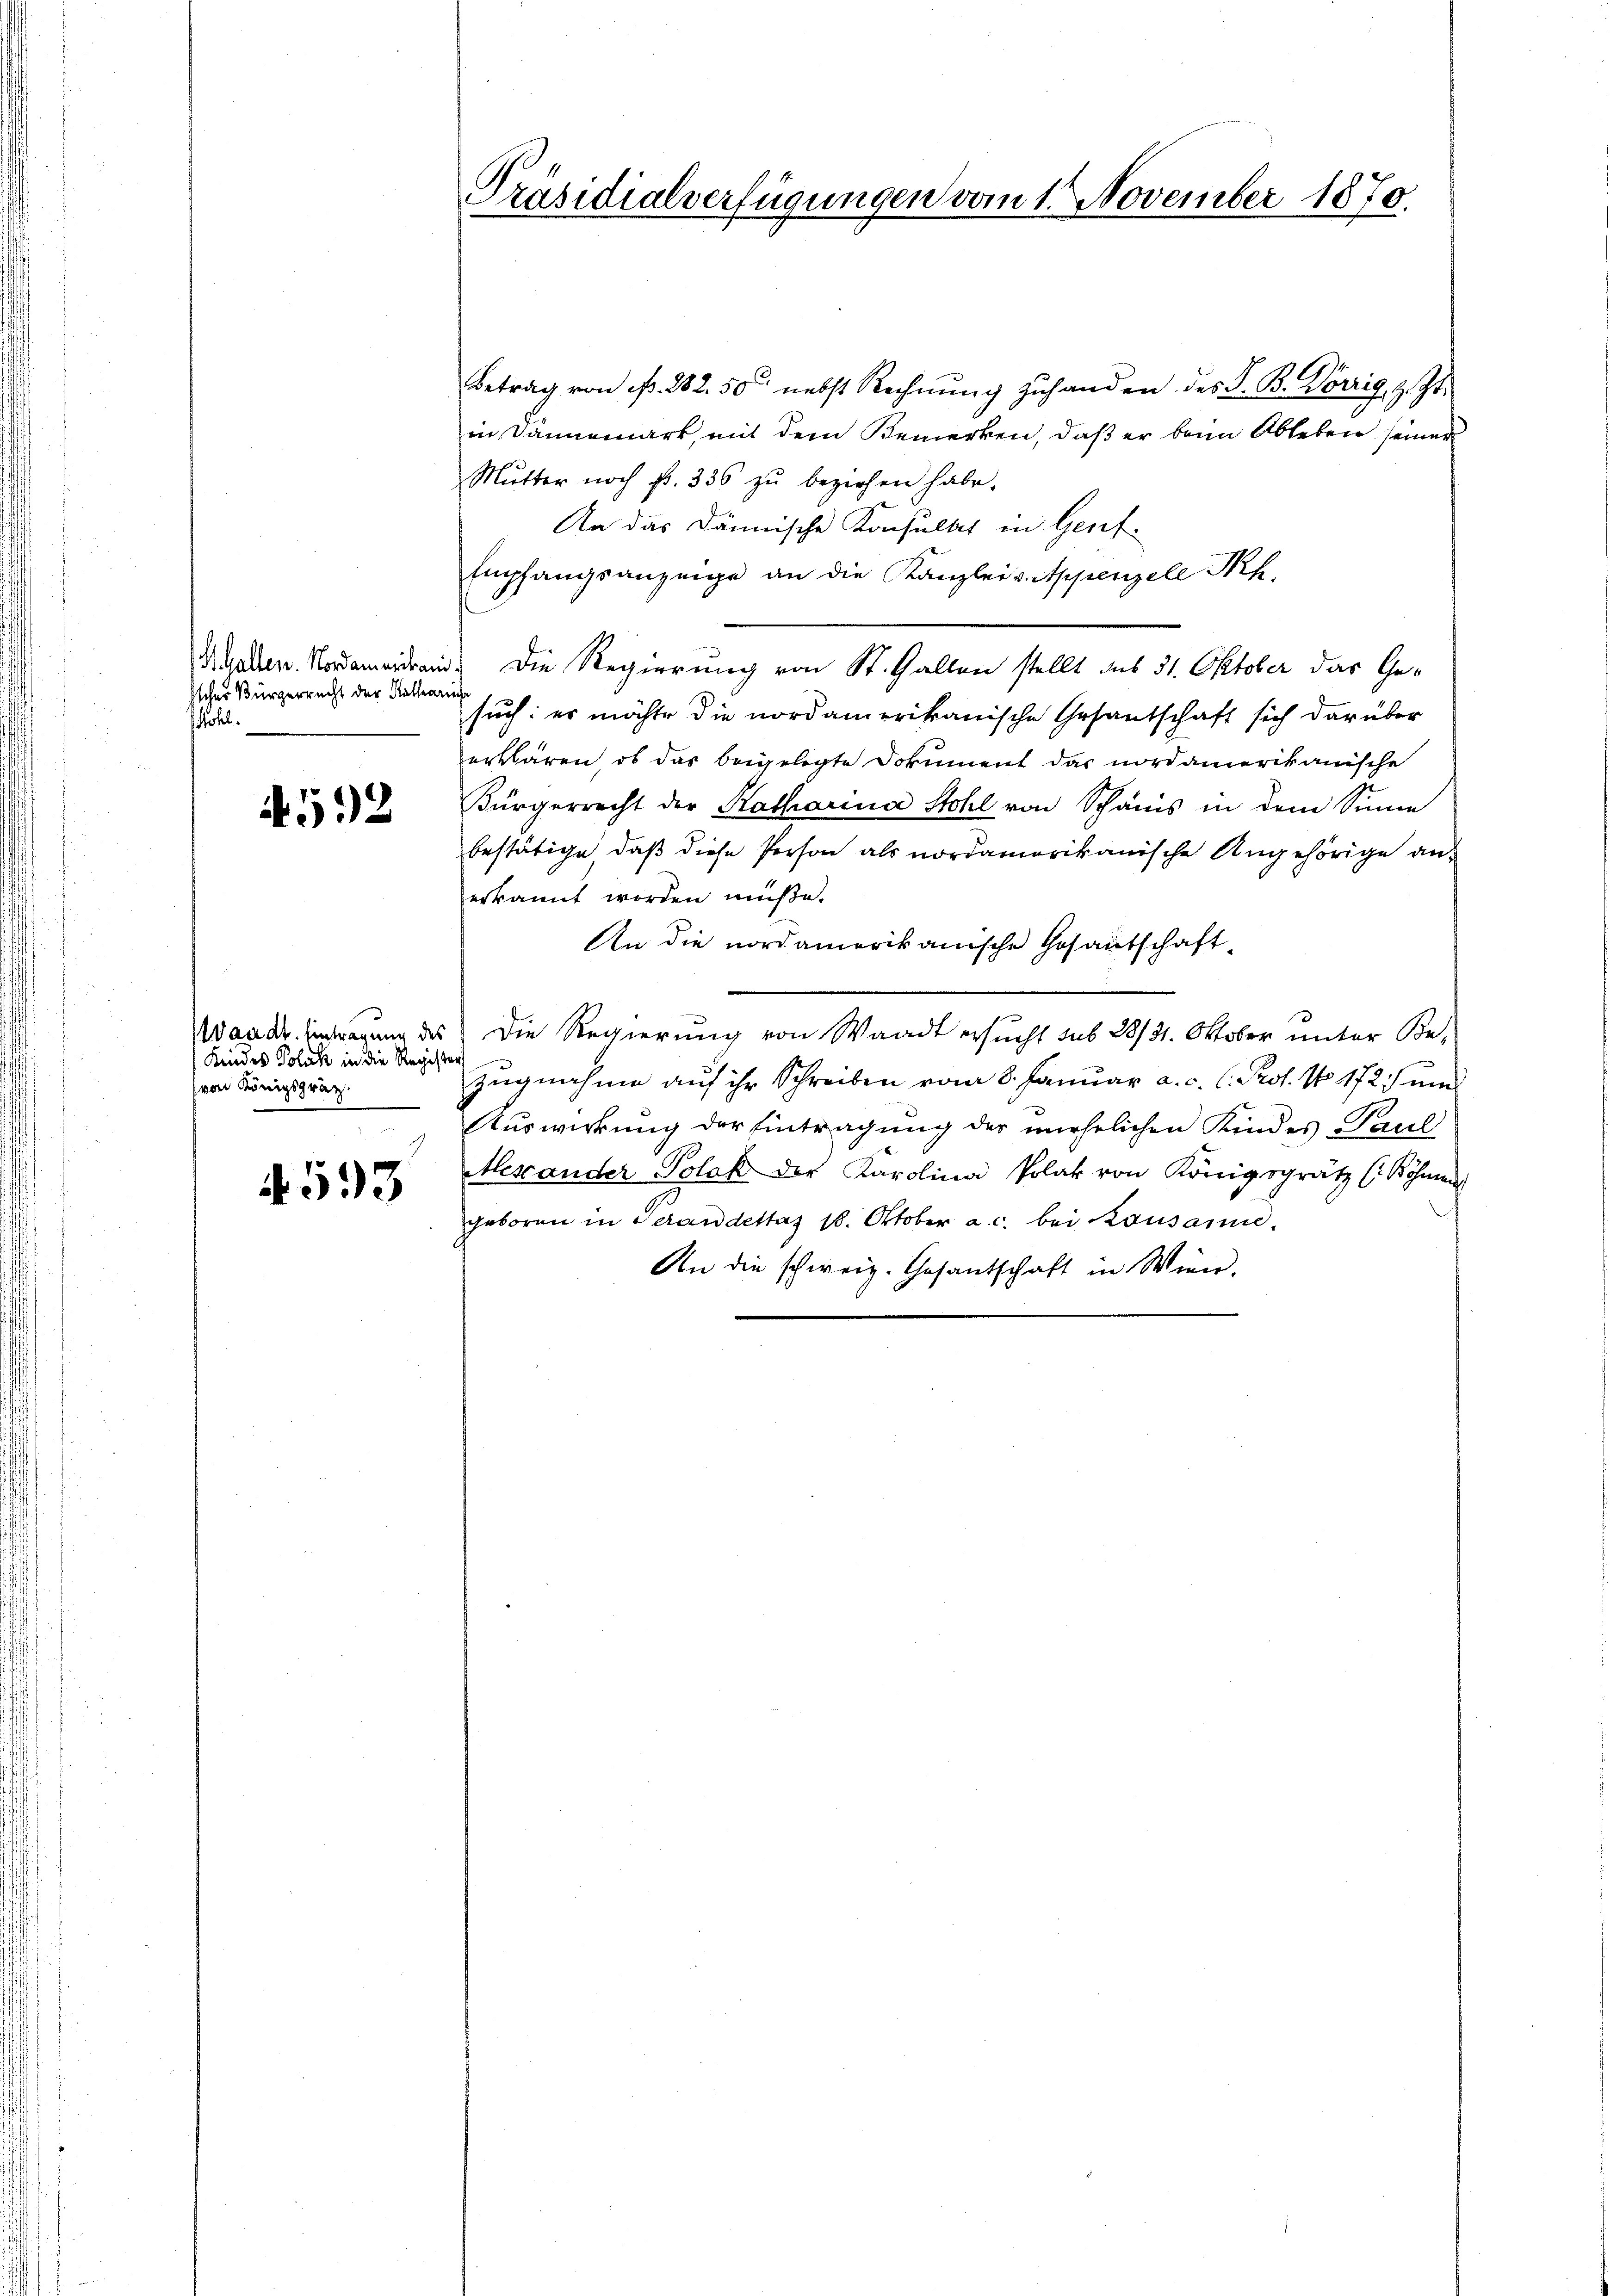
Iicher Bürgerrecht der Katharinge
ohel.

592

Kindes Polik in die Register
von Königspräch.
¬

4593

Präsidialverfügungen vom 1. November 1870.

Betrag von ß. 282. 50 nebst Rechnŭng zŭ handen des S. B. Korrig, z. Zt.
in Dannemark, mit dem Bemerken, daß er beim Ableben seiner
Mŭtter noch fr. 336 zŭ beziehen habe.
An das Dännische Konsultat in Genf.
Empfangsanzeige an die Kanzlei v. Appenzell Th.
Malten. Nordmeiden. Die Regierung von St. Gallen stellt das 31. Oktober das Gesuch: es möchte die nordamerikanische Gesantschaft sich darüber
erklären, ob das beigelegte Dokument das nordamerikanische
Bürgerrecht der Katharina Stohl von Schanis in dem Sinne
bestätige, daß diese Person als nordamerikanische Angehörige anerkannt worden müße.
An die nordamerikanische Gesantschaft-
Wander Eintragung des Die Regierung von Waadt ersucht sub 28/31. Oktober unter Be-
Zugnahme auf ihr Schreiben vom 8. Januar a. c. l. Prof. No. 172 und
Auswirkung der Eintragung der unehelichen Kindes Paul
Mescander Polaβ der Karolina Polat von Königsgrätz (Böhmen
geboren in Veran dettag 18. Oktober a. c. bei Kausanne.
An die schweiz. Gesantschaft in Wien.